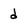
Character: d